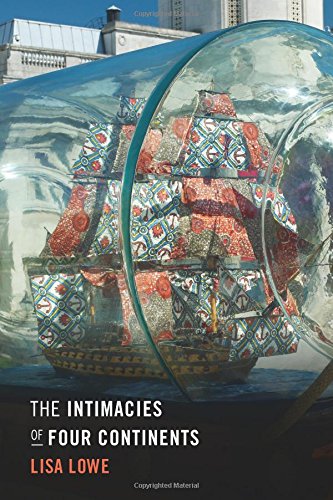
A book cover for The Intimacies of Four Continents; Lisa Lowe; Literature & Fiction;